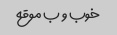
خوب و ب موقع